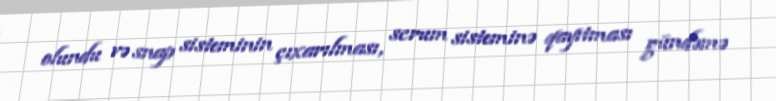
olundu və snap sisteminin çıxarılması, scrum sisteminə qayıtması gündəmə